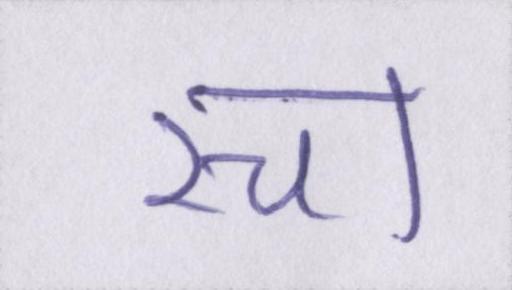
रचा